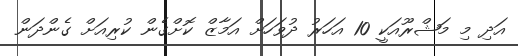
އަދި މި މަޝްރޫއަކީ 10 އަހަރު ދުވަހަށް އަމާޒް ކޮށްގެން ކުރިއަށް ގެންދަން